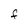
Character: F